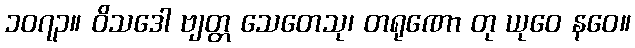
၁၀၇၃။ ဝိသဒေါ ဗျတ္တ သေတေသု၊ တရုဏော တု ယုဝေ နဝေ။